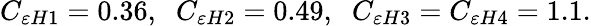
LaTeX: C_{\varepsilon H1}=0.36,\; \; C_{\varepsilon H2}=0.49,\; \; C_{\varepsilon H3}=C_{\varepsilon H4}=1.1.